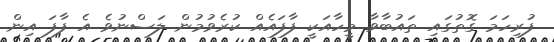
ފުރިހަމަ ގޮތުގައި ތައުބާވާ މީހާއަކީ ފާފައެއް ކުރެވުމުން ލަސްނުވެ އެ ފާފަ އިން